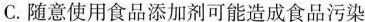
C.随意使用食品添加剂可能造成食品污染